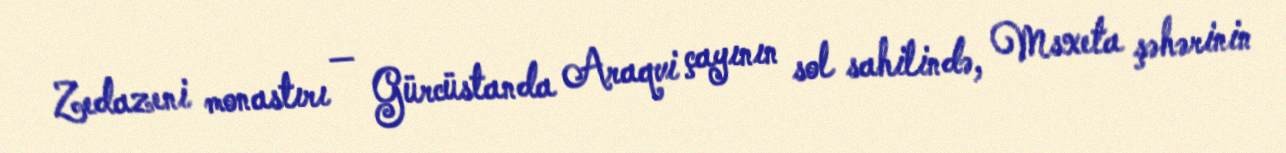
Zedazeni monastırı — Gürcüstanda Araqvi çayının sol sahilində, Msxeta şəhərinin